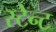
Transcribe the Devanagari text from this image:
स्टेन्ट